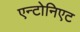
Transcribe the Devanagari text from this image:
एन्टोनिएट